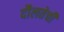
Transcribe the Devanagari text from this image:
दौलतेची